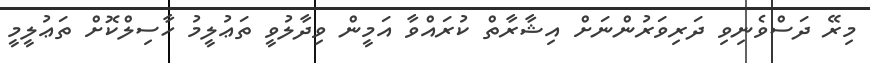
މިރޭ ދަސްވެނިވި ދަރިވަރުންނަށް އިޝާރާތް ކުރައްވާ އަމީން ވިދާލުވީ ތަޢުލީމު ހާސިލްކޮށް ތަޢުލީމީ